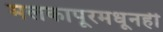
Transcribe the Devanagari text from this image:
मलकापूरमधूनही